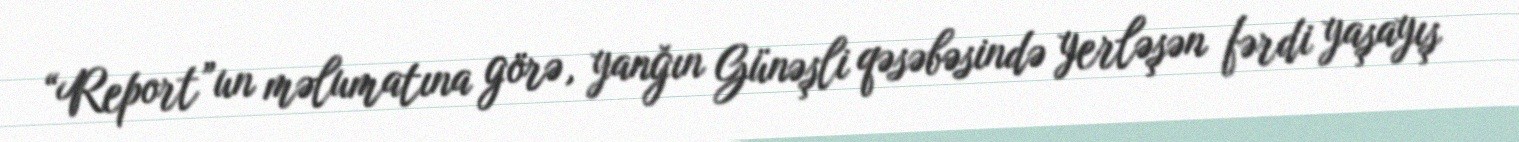
“Report”un məlumatına görə, yanğın Günəşli qəsəbəsində yerləşən fərdi yaşayış